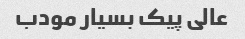
عالی پیک بسیار مودب